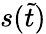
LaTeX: s(\widetilde t)